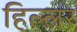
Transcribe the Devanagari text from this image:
हिल्लर